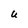
Character: U